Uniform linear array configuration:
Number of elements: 32
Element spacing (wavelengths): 0.5
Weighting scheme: binomial
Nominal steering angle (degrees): -15
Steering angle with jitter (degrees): -13.89
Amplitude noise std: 0.05
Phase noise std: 0.05

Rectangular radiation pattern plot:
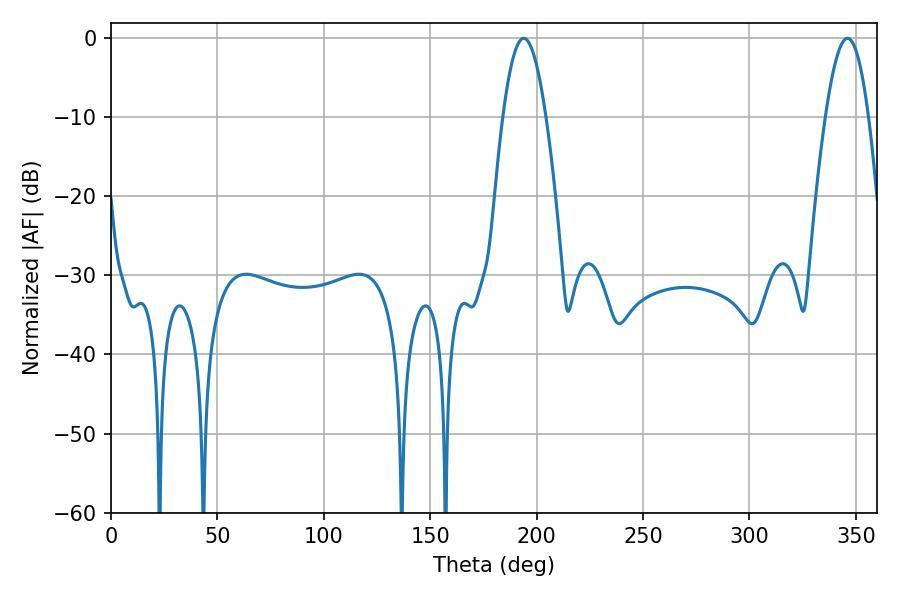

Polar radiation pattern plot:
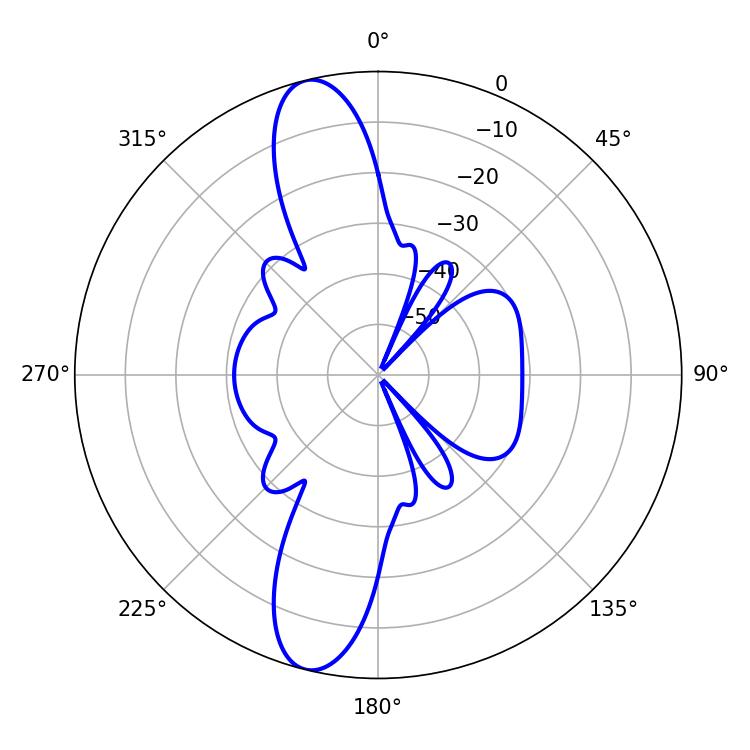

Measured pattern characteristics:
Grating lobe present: FALSE
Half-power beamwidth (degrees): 10.98
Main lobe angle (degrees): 346.14